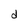
Character: d